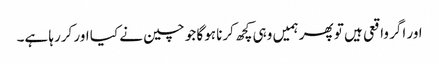
اور اگر واقعی ہیں تو پھر ہمیں وہی کچھ کرنا ہوگا جو چین نے کیا اور کررہا ہے۔